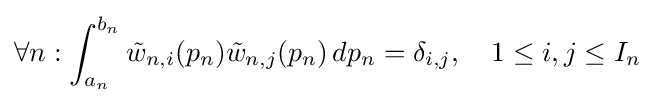
\forall n:\int _{a_{n}}^{b_{n}}{\tilde {w}}_{n,i}(p_{n}){\tilde {w}}_{n,j}(p_{n})\,dp_{n}=\delta _{i,j},\quad 1\leq i,j\leq I_{n}